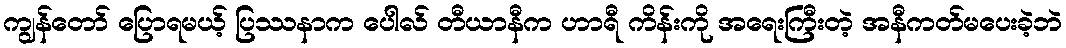
ကျွန်တော် ပြောရမယ့် ပြဿနာက ပေါလ် တီယာနီက ဟာရီ ကိန်းကို အရေးကြီးတဲ့ အနီကတ်မပေးခဲ့ဘဲ